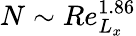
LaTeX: N\sim Re_{L_{x}}^{1.86}